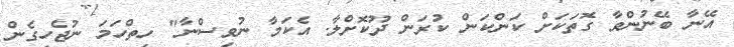
އޭނާ ބޭނުންވާ ގޮތަކަށް ކަންކަން ކުރަން ދޫކޮށްލާ. އެކަމާ ނުވިސްނާ" ހިތްހަމަ ނުޖެހިގެން